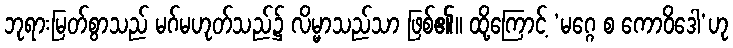
ဘုရားမြတ်စွာသည် မဂ်မဟုတ်သည်၌ လိမ္မာသည်သာ ဖြစ်၏။ ထို့ကြောင့် ‘မဂ္ဂေ စ ကောဝိဒေါ’ဟု